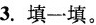
3. 填一填。